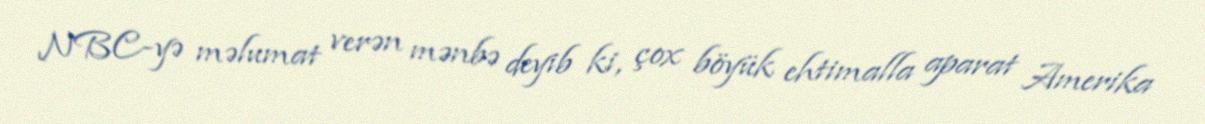
NBC-yə məlumat verən mənbə deyib ki, çox böyük ehtimalla aparat Amerika